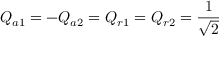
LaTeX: Q _ { a 1 } = - Q _ { a 2 } = Q _ { r 1 } = Q _ { r 2 } = { \frac { 1 } { \sqrt { 2 } } }